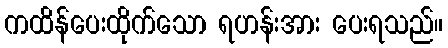
ကထိန်ပေးထိုက်သော ရဟန်းအား ပေးရသည်။